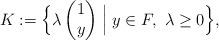
LaTeX: \begin{align*}K: = \Bigl\{ \lambda \begin{pmatrix}1 \\ y\end{pmatrix} \Bigm| y \in F,\ \lambda \geq 0 \Bigr\},\end{align*}